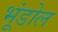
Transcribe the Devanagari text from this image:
भूंडोल